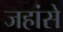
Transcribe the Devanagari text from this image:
जहांसे